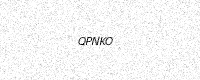
Text: QPNKO